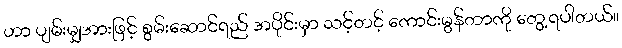
ဟာ ပျမ်းမျှအားဖြင့် စွမ်းဆောင်ရည် အပိုင်းမှာ သင့်တင့် ကောင်းမွန်တာကို တွေ့ရပါတယ်။